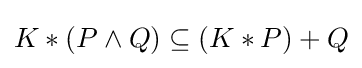
K*(P\wedge Q)\subseteq (K*P)+Q